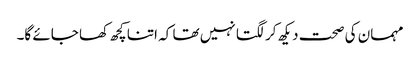
مہمان کی صحت دیکھ کر لگتا نہیں تھا کہ اتنا کچھ کھا جائے گا۔